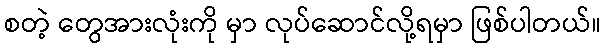
စတဲ့ တွေအားလုံးကို မှာ လုပ်ဆောင်လို့ရမှာ ဖြစ်ပါတယ်။